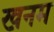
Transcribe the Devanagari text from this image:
खनम